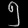
Digit: ၅